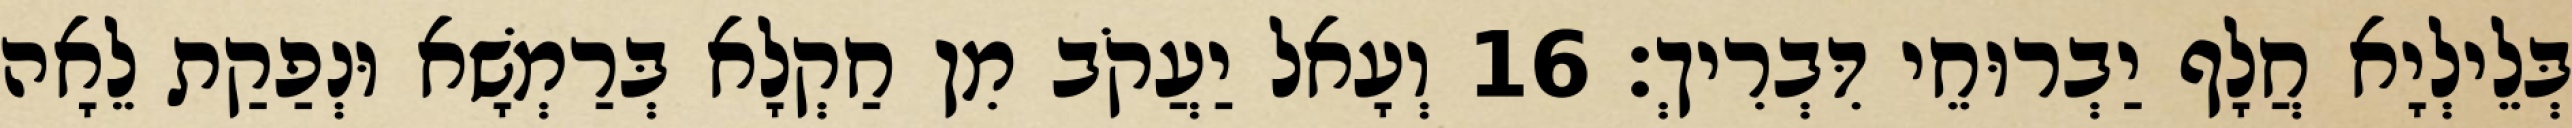
בְּלֵילְיָא חֲלָף יַבְרוּחֵי דִּבְרִיךְ׃ 16 וְעָאל יַעֲקֹב מִן חַקְלָא בְּרַמְשָׁא וּנְפַקַת לֵאָה